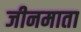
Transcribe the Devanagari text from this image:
जीनमाता